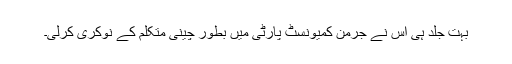
بہت جلد ہی اُس نے جرمن کمیونسٹ پارٹی میں بطور چینی متکلم کے نوکری کرلی۔